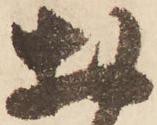
於